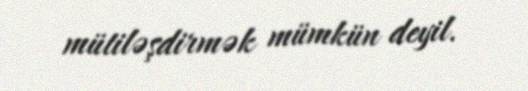
mütiləşdirmək mümkün deyil.